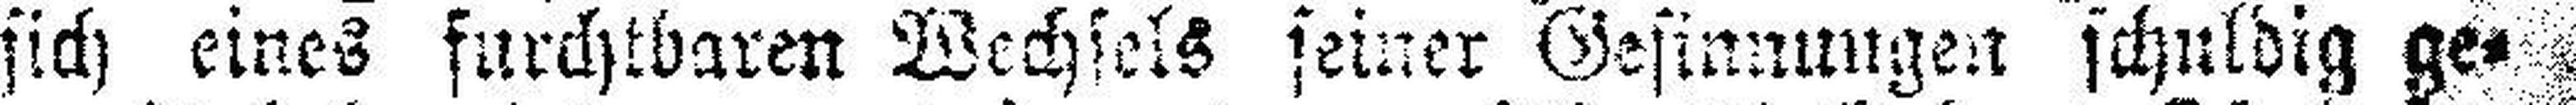
sich eines furchtbaren Wechsels seiner Gesinnungen schuldig ge¬